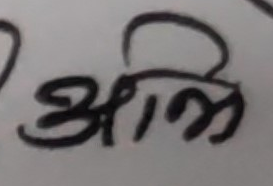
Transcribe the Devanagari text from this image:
अभी